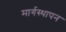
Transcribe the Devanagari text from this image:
मार्गस्थापन